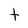
Character: t